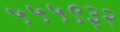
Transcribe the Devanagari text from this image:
५५५९३२